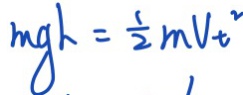
m g h = \frac { 1 } { 2 } m V _ { t } ^ { 2 }